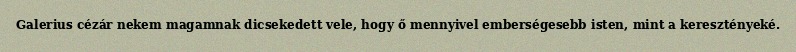
Galerius cézár nekem magamnak dicsekedett vele, hogy ő mennyivel emberségesebb isten, mint a keresztényeké.